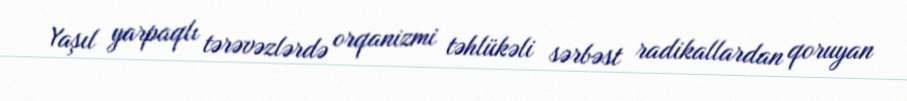
Yaşıl yarpaqlı tərəvəzlərdə orqanizmi təhlükəli sərbəst radikallardan qoruyan